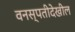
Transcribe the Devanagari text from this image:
वनस्पतीदेखील